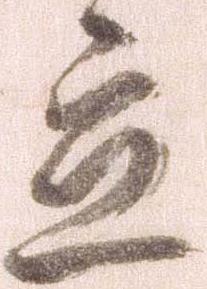
立